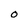
Character: O